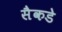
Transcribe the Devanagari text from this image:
सैकडे